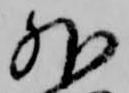
外